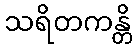
သရိတကန္တိ